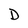
Character: D